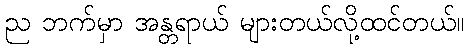
ည ဘက်မှာ အန္တရာယ် များတယ်လို့ထင်တယ်။